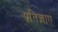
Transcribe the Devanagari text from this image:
प्रतिज्ञाएं